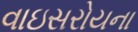
વાઇસરોયના